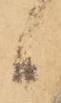
候